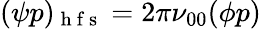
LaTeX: (\psi p)_{\mathrm{~h~f~s~}}=2\pi\nu_{00}(\phi p)